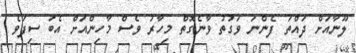
ލޫނާއަށް ދައްތަ ފެންނަ ވަގުތު ވާނެގޮތް މިހާރު ވެސް މާހިންއަށް އެބަ ސިފަވެ